Report on the Calcutta epizootic or cattle disease of 1864 in Calcutta and its neighbourhood
Year: 1864
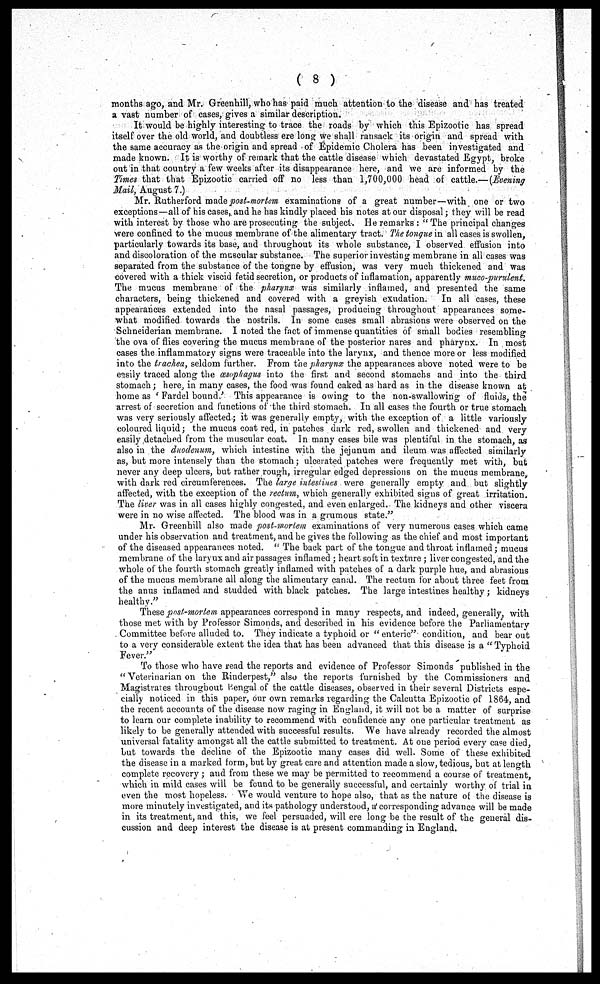
( 8 )
months ago, and Mr. Greenhill, who has paid much attention to the disease and has treated
a vast number of cases, gives a similar description.
It would be highly interesting to trace the roads by which this Epizootic has spread
itself over the old world, and doubtless ere long we shall ransack its origin and spread with
the same accuracy as the origin and spread of Epidemic Cholera has been investigated and
made known. It is worthy of remark that the cattle disease which devastated Egypt, broke
out in that country a few weeks after its disappearance here, and we are informed by the
Times that that Epizootic carried off no less than 1,700,000 head of cattle.—(Evening
Mail, August 7.)
Mr. Rutherford made post-mortem examinations of a great number—with one or two
exceptions—all of his cases, and he has kindly placed his notes at our disposal; they will be read
with interest by those who are prosecuting the subject. He remarks : "The principal changes
were confined to the mucus membrane of the alimentary tract. The tongue in all cases is swollen,
particularly towards its base, and throughout its whole substance, I observed effusion into
and discoloration of the muscular substance. The superior investing membrane in all cases was
separated from the substance of the tongne by effusion, was very much thickened and was
covered with a thick viscid fetid secretion, or products of inflamation, apparently muco-perulent.
The mucus membrane of the pharynx was similarly inflamed, and presented the same
characters, being thickened and covered with a greyish exudation. In all cases, these
appearances extended into the nasal passages, producing throughout appearances some-
what modified towards the nostrils. In some cases small abrasions were observed on the
Schneiderian membrane. I noted the fact of immense quantities of small bodies resembling
the ova of flies covering the mucus membrane of the posterior nares and pharynx. In most
cases the inflammatory signs were traceable into the larynx, and thence more or less modified
into the trachea, seldom further. From the pharynx the appearances above noted were to be
easily traced along the œsophagus into the first and second stomachs and into the third
stomach; here, in many cases, the food was found caked as hard as in the disease known at
home as ' Fardel bound.' This appearance is owing to the non-swallowing of fluids, the
arrest of secretion and functions of the third stomach. In all cases the fourth or true stomach
was very seriously affected ; it was generally empty, with the exception of a little variously
coloured liquid; the mucus coat red, in patches dark red, swollen and thickened and very
easily detached from the muscular coat. In many cases bile was plentiful in the stomach, as
also in the duodenum, which intestine with the jejunum and ileum was affected similarly
as, but more intensely than the stomach; ulcerated patches were frequently met with, but
never any deep ulcers, but rather rough, irregular edged depressions on the mucus membrane,
with dark red circumferences. The large intestines were generally empty and but slightly
affected, with the exception of the rectum, which generally exhibited signs of great irritation.
The liver was in all cases highly congested, and even enlarged. The kidneys and other viscera
were in no wise affected. The blood was in a grumous state."
Mr. Greenhill also made post-mortem examinations of very numerous cases which came
under his observation and treatment, and he gives the following as the chief and most important
of the diseased appearances noted. " The back part of the tongue and throat inflamed; mucus
membrane of the laryux and air passages inflamed ; heart soft in texture ; liver congested, and the
whole of the fourth stomach greatly inflamed with patches of a dark purple hue, and abrasions
of the mucus membrane all along the alimentary canal. The rectum for about three feet from
the anus inflamed and studded with black patches. The large intestines healthy; kidneys
healthy."
These post-mortem appearances correspond in many respects, and indeed, generally, with
those met with by Professor Simonds, and described in his evidence before the Parliamentary
Committee before alluded to. They indicate a typhoid or " enteric" condition, and bear out
to a very considerable extent the idea that has been advanced that this disease is a " Typhoid
Fever."
To those who have read the reports and evidence of Professor Simonds published in the
" Veterinarian on the Rinderpest," also the reports furnished by the Commissioners and
Magistrates throughout Bengal of the cattle diseases, observed in their several Districts espe-
cially noticed in this paper, our own remarks regarding the Calcutta Epizootic of 1864, and
the recent accounts of the disease now raging in England, it will not be a matter of surprise
to learn our complete inability to recommend with confidence any one particular treatment as
likely to be generally attended with successful results. We have already recorded the almost
universal fatality amongst all the cattle submitted to treatment. At one period every case died,
but towards the decline of the Epizootic many cases did well. Some of these exhibited
the disease in a marked form, but by great care and attention made a slow, tedious, but at length
complete recovery; and from these we may be permitted to recommend a course of treatment,
which in mild cases will be found to be generally successful, and certainly worthy of trial in
even the most hopeless. We would venture to hope also, that as the nature of the disease is
more minutely investigated, and its pathology understood, a corresponding advance will be made
in its treatment, and this, we feel persuaded, will ere long be the result of the general dis-
cussion and deep interest the disease is at present commanding in England.